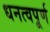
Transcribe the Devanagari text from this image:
धनत्वपूर्ण